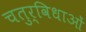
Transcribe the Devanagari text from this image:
चतुर्विधाओं